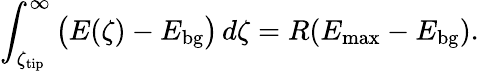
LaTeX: \int_{\zeta_{\mathrm{tip}}}^{\infty}\big(E(\zeta)-E_{\mathrm{bg}}\big)\, d\zeta=R(E_{\mathrm{max}}-E_{\mathrm{bg}}).